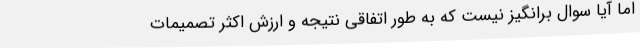
اما آیا سوال برانگیز نیست که به طور اتفاقی نتیجه و ارزش اکثر تصمیمات